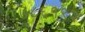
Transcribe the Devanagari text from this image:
७८६१९२